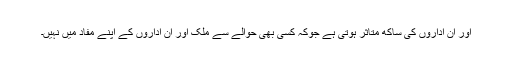
اور ان اداروں کی ساکھ متاثر ہوتی ہے جوکہ کسی بھی حوالے سے ملک اور ان اداروں کے اپنے مفاد میں نہیں۔